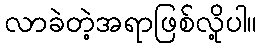
လာခဲတဲ့အရာဖြစ်လို့ပါ။